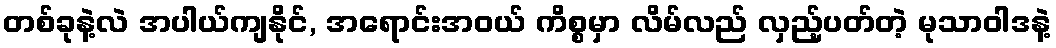
တစ်ခုနဲ့လဲ အပါယ်ကျနိုင်, အရောင်းအဝယ် ကိစ္စမှာ လိမ်လည် လှည့်ပတ်တဲ့ မုသာဝါဒနဲ့